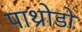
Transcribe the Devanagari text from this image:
पाथ्रोडो